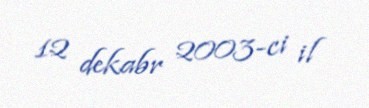
12 dekabr 2003-ci il